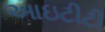
આઇટીટી